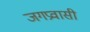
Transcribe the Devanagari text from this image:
जगप्रवासी